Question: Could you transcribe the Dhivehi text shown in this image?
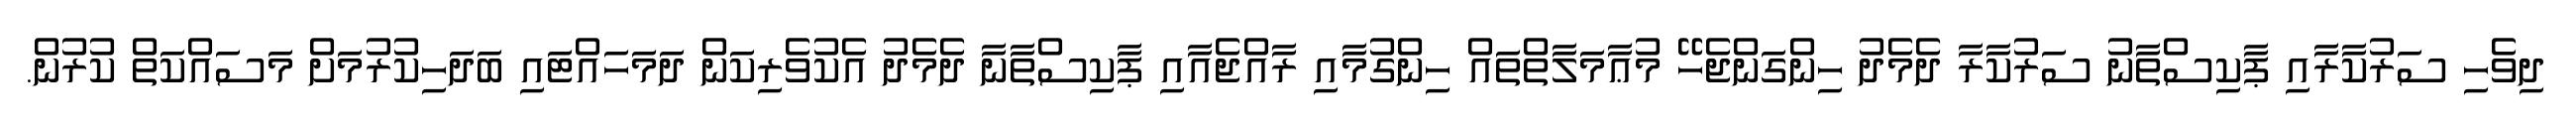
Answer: ދިވެހި ސަރުކާރާއި ޕާކިސްތާނު ސަރުކާރާ ދެމެދު ހިންގަންޖެހޭ މުޢާމަލާތްތައް ހިންގުމާއި ރާއްޖެއާއި ޕާކިސްތާނާ ދެމެދު އެކުވެރިކަން ދަމަހައްޓައި ބަދަހިކުރުމަށް މަސައްކަތް ކުރުން.